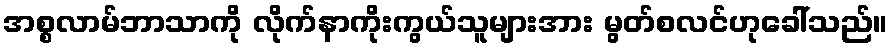
အစ္စလာမ်ဘာသာကို လိုက်နာကိုးကွယ်သူများအား မွတ်စလင်ဟုခေါ်သည်။